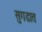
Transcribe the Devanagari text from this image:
सुगडात